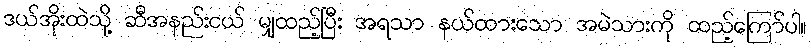
ဒယ်အိုးထဲသို့ ဆီအနည်းငယ် မျှထည့်ပြီး အရသာ နယ်ထားသော အမဲသားကို ထည့်ကြော်ပါ။